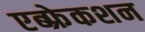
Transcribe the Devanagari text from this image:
एब्फ्रेकशन